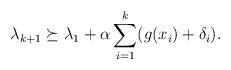
LaTeX: \begin{align*}\lambda_{k+1} \succeq \lambda_1 + \alpha \sum_{i=1}^k (g(x_i) + \delta_i).\end{align*}